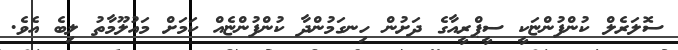
ސޮލަރެލް ކުންފުންޏަކީ ސީޕްރީއާގެ ދަށުން ހިނގަމުންދާ ކުންފުންޏެއް ކަމަށް މައުލޫމާތު ލިބެ އެވެ.